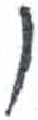
אות: ן